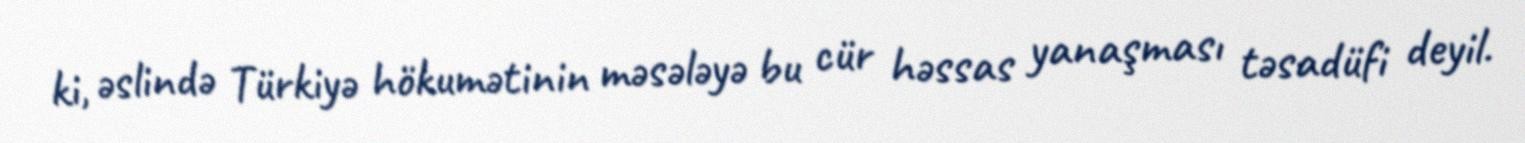
ki, əslində Türkiyə hökumətinin məsələyə bu cür həssas yanaşması təsadüfi deyil.